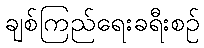
ချစ်ကြည်ရေးခရီးစဉ်